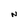
Character: N